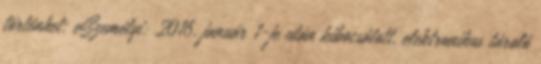
történhet: eSzemélyi: 2016. január 1-je után kibocsátott, elektronikus tároló